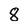
Character: 8